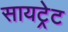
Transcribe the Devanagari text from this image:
सायट्रेट